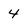
Character: 4